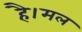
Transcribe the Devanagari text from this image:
है।मल